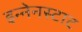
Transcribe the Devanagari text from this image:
इन्नेनस्टाट